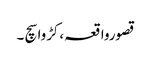
قصورواقعہ،کڑوا سچ ۔